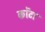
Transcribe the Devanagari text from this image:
कोंटा